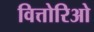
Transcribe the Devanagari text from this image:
वित्तोरिओ